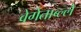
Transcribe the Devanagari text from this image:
वेगेताब्ल्ले